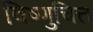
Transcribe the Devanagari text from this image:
विष्णुचित्त